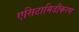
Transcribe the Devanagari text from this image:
एसिटामिडीकरण